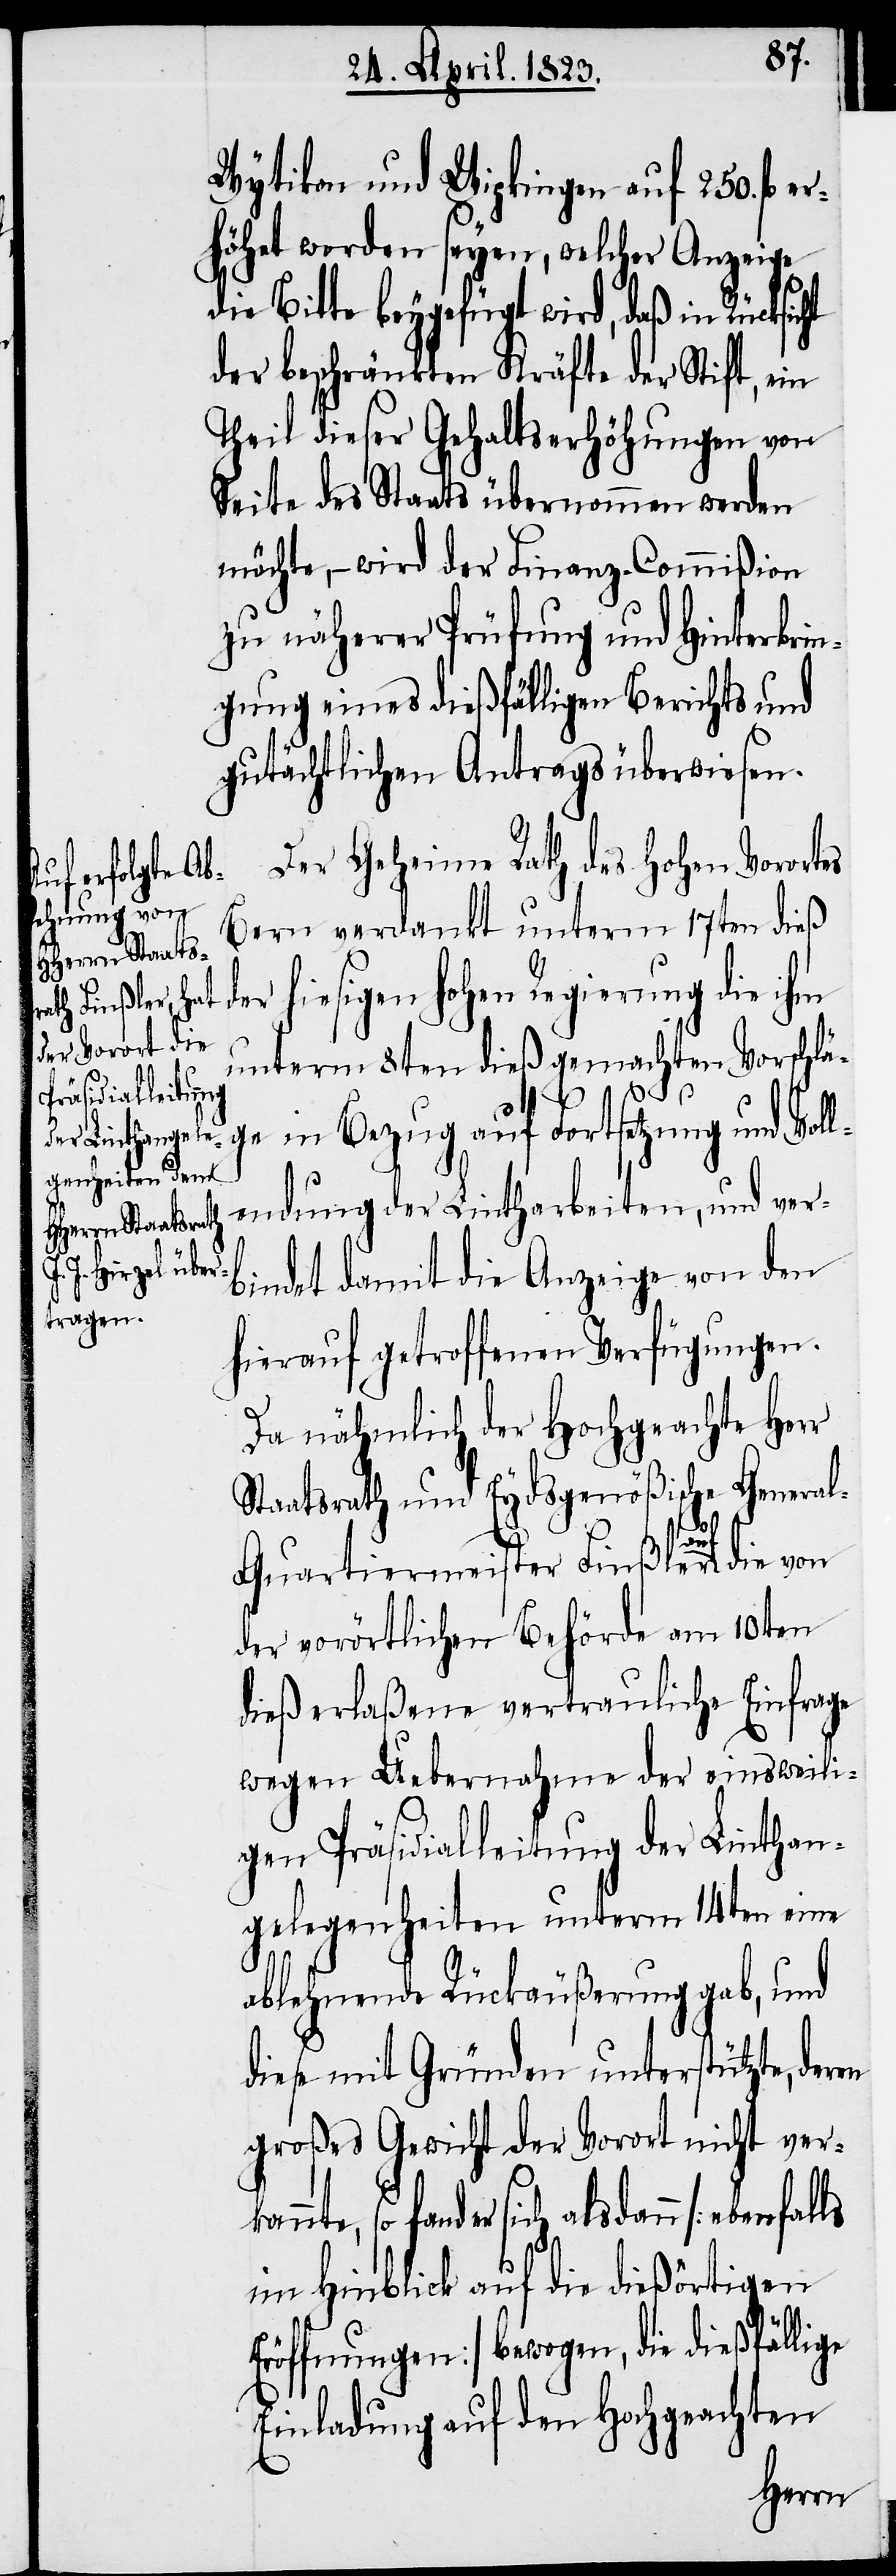
Wytikon und Wipkingen auf 250. fl.
höhet worden seyen, welcher Anzeige
die Bitte beygefügt wird, daß in Rück¬
der beschränkten Kräfte der Stift, ein
Theil dieser Gehaltserhöhungen von
Seite des Staats übernommen werden
möchte, – wird der Finanz-Commißion
zu näherer Prüfung und Hinterbrin¬
gung eines dießfälligen Berichts und
gutächtlichen Antrags überwiesen.
Der Geheime Rath des hohen Vorortes
Bern verdankt unterm 17ten dieß
der hiesigen hohen Regierung die ihm
unterm 8ten dieß gemachten Vorschlä¬
sicht
ge in Bezug auf Fortsetzung und Vol¬
lendung der Lintharbeiten, und ver¬
bindet damit die Anzeige von den
hierauf getroffenen Verfügungen.
Da nähmlich der Hochgeachte Herr
Staatsrath und Eydsgenößische Genera¬
en
l-Quartiermeister Finßler auf die von
der vorörtlichen Behörde am 10ten
dieß erlaßene vertrauliche Einfrage
wegen Uebernahme der einsweili¬
gen Präsidialleitung der Linthan¬
gelegenheiten unterm 14ten eine
ablehnende Rückäußerung gab, und
diese mit Gründen unterstützte, der¬
großes Gewicht der Vorort nicht ver¬
sich alsdann [ebenfalls
im Hinblick auf die dießörtigen
Eröffnungen] bewogen, die dießfällige
Einladung auf den Hochgeachten